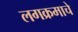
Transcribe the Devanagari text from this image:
लगक्रमाचे